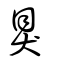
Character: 狊